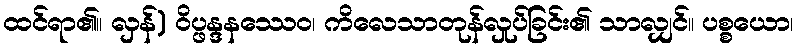
ထင်ရာ၏။ လှန်) ဝိပ္ဖန္ဒနဿေဝ၊ ကိလေသာတုန်လှုပ်ခြင်း၏ သာလျှင်။ ပစ္စယော၊